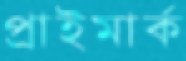
প্রাইমার্ক